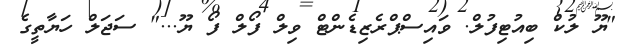
"ޔޫ ލުކް ބިއުޓިފުލް. ވައިސްޕްރެޒިޑެންޓް ވިލް ފޯލް ފޯ ޔޫ..." ސަޖަލް ހަޔާތީގެ